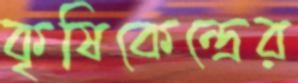
কৃষিকেন্দ্রের